Report of the Hyderabad Chloroform Commission
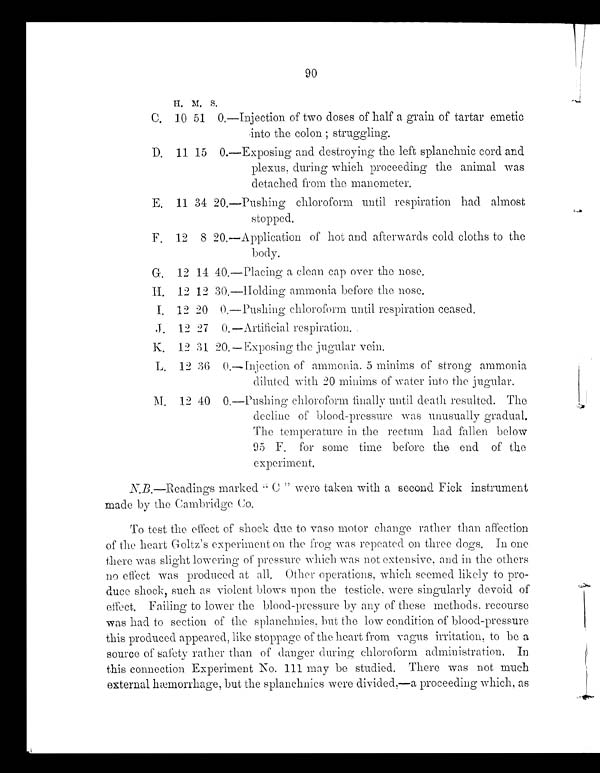
90
H . M .
S .
C. 10 51 0.—Injection of two doses of half a grain of tartar emetic
into the colon ; struggling.
D. 11 15 0.—Exposing and destroying the left splanchnic cord and
plexus, during which proceeding the animal was
detached from the manometer.
E .1
1 3 4 2 0 . — P u s h i n g c h l o r o f o r m u n t i l r e s p i r a t i o n h a d a l m o s t
stopped.
F . 1 2 8 2 0 . — A p p l i c a t i o n o f h o t a n d a f t e r w a r d s c o l d c l o t h s t o t h e
body.
G . 1 2 1 4 4 0 . — P l a c i n g a c l e a n c a p o v e r t h e
nose.
H. 12 12 30.—Holding ammonia before the nose.
I. 12 20 0. —Pushi ng chl oroform unti l respi rati on ceased.
J . 1 2 2 7 0 . — A r t i f i c i a l r e s p i r a t i o n .
K .
1 2 3 1 2 0 . — E x p o s i n g t h e j u g u l a r v e i n .
L. 12 36 0.—Injection of ammonia, 5 minims of strong ammonia
diluted with 20 minims of water into the jugular.
M .1
2 4 0 0 . — P u s h i n g c h l o r o f o r m f i n a l l y u n t i l d e a t h r e s u l t e d . T h e
declined of blood-pressure was unusually gradual.
The temperature in the rectum had fallen below
95 F. for some time before the end of the
experiment
.
N . B . — R e a d i n g s
m a r k e d
“ C ”
were taken with a second Fick instrument
made by the Cambridge C
o .
To test the effect of shock due to vaso m o t o r c h a n g e r a t h e r t h a n a f f e c t i o n
of the heart Goltz’s experiment on the frog was repeated on three dogs. In one
there was slight lowering of pressure which was not extensive, and in the others
no effect was produced at all. Other operations, which seemed likely to pro
- d u c e s h o c k , s u c h
a sv
i o l e n t b l o w s u p o n
t h etesticle, were singularly devoid of
effect. Failing to lower the blood-pressure by any of these methods, recourse
was had to section of the splanchnics, but the low condition of blood-pressure
this produced appeared, like stoppage of the heart from vagus irritation,
t o b e a
source of safety rather than of danger during chloroform administration. In
t hi s connect i on Experi ment No. 111 may be st udi ed. There was not much
external hæmo r r h a g e , b u t t h e s p l a n c h n i c s we r e d i v i d e d , —a p r o c e e d i n g wh i c h , a s